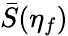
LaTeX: \bar{S}(\eta_{f})